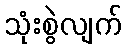
သုံးစွဲလျက်